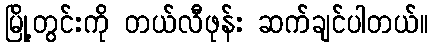
မြို့တွင်းကို တယ်လီဖုန်း ဆက်ချင်ပါတယ်။